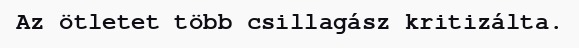
Az ötletet több csillagász kritizálta.